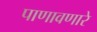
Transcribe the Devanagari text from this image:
पाणावणारे